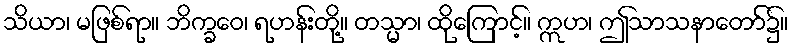
သိယာ၊ မဖြစ်ရာ။ ဘိက္ခဝေ၊ ရဟန်းတို့။ တသ္မာ၊ ထိုကြောင့်။ ဣဟ၊ ဤသာသနာတော်၌။